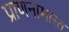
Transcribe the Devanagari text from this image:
प्राणनामास्त